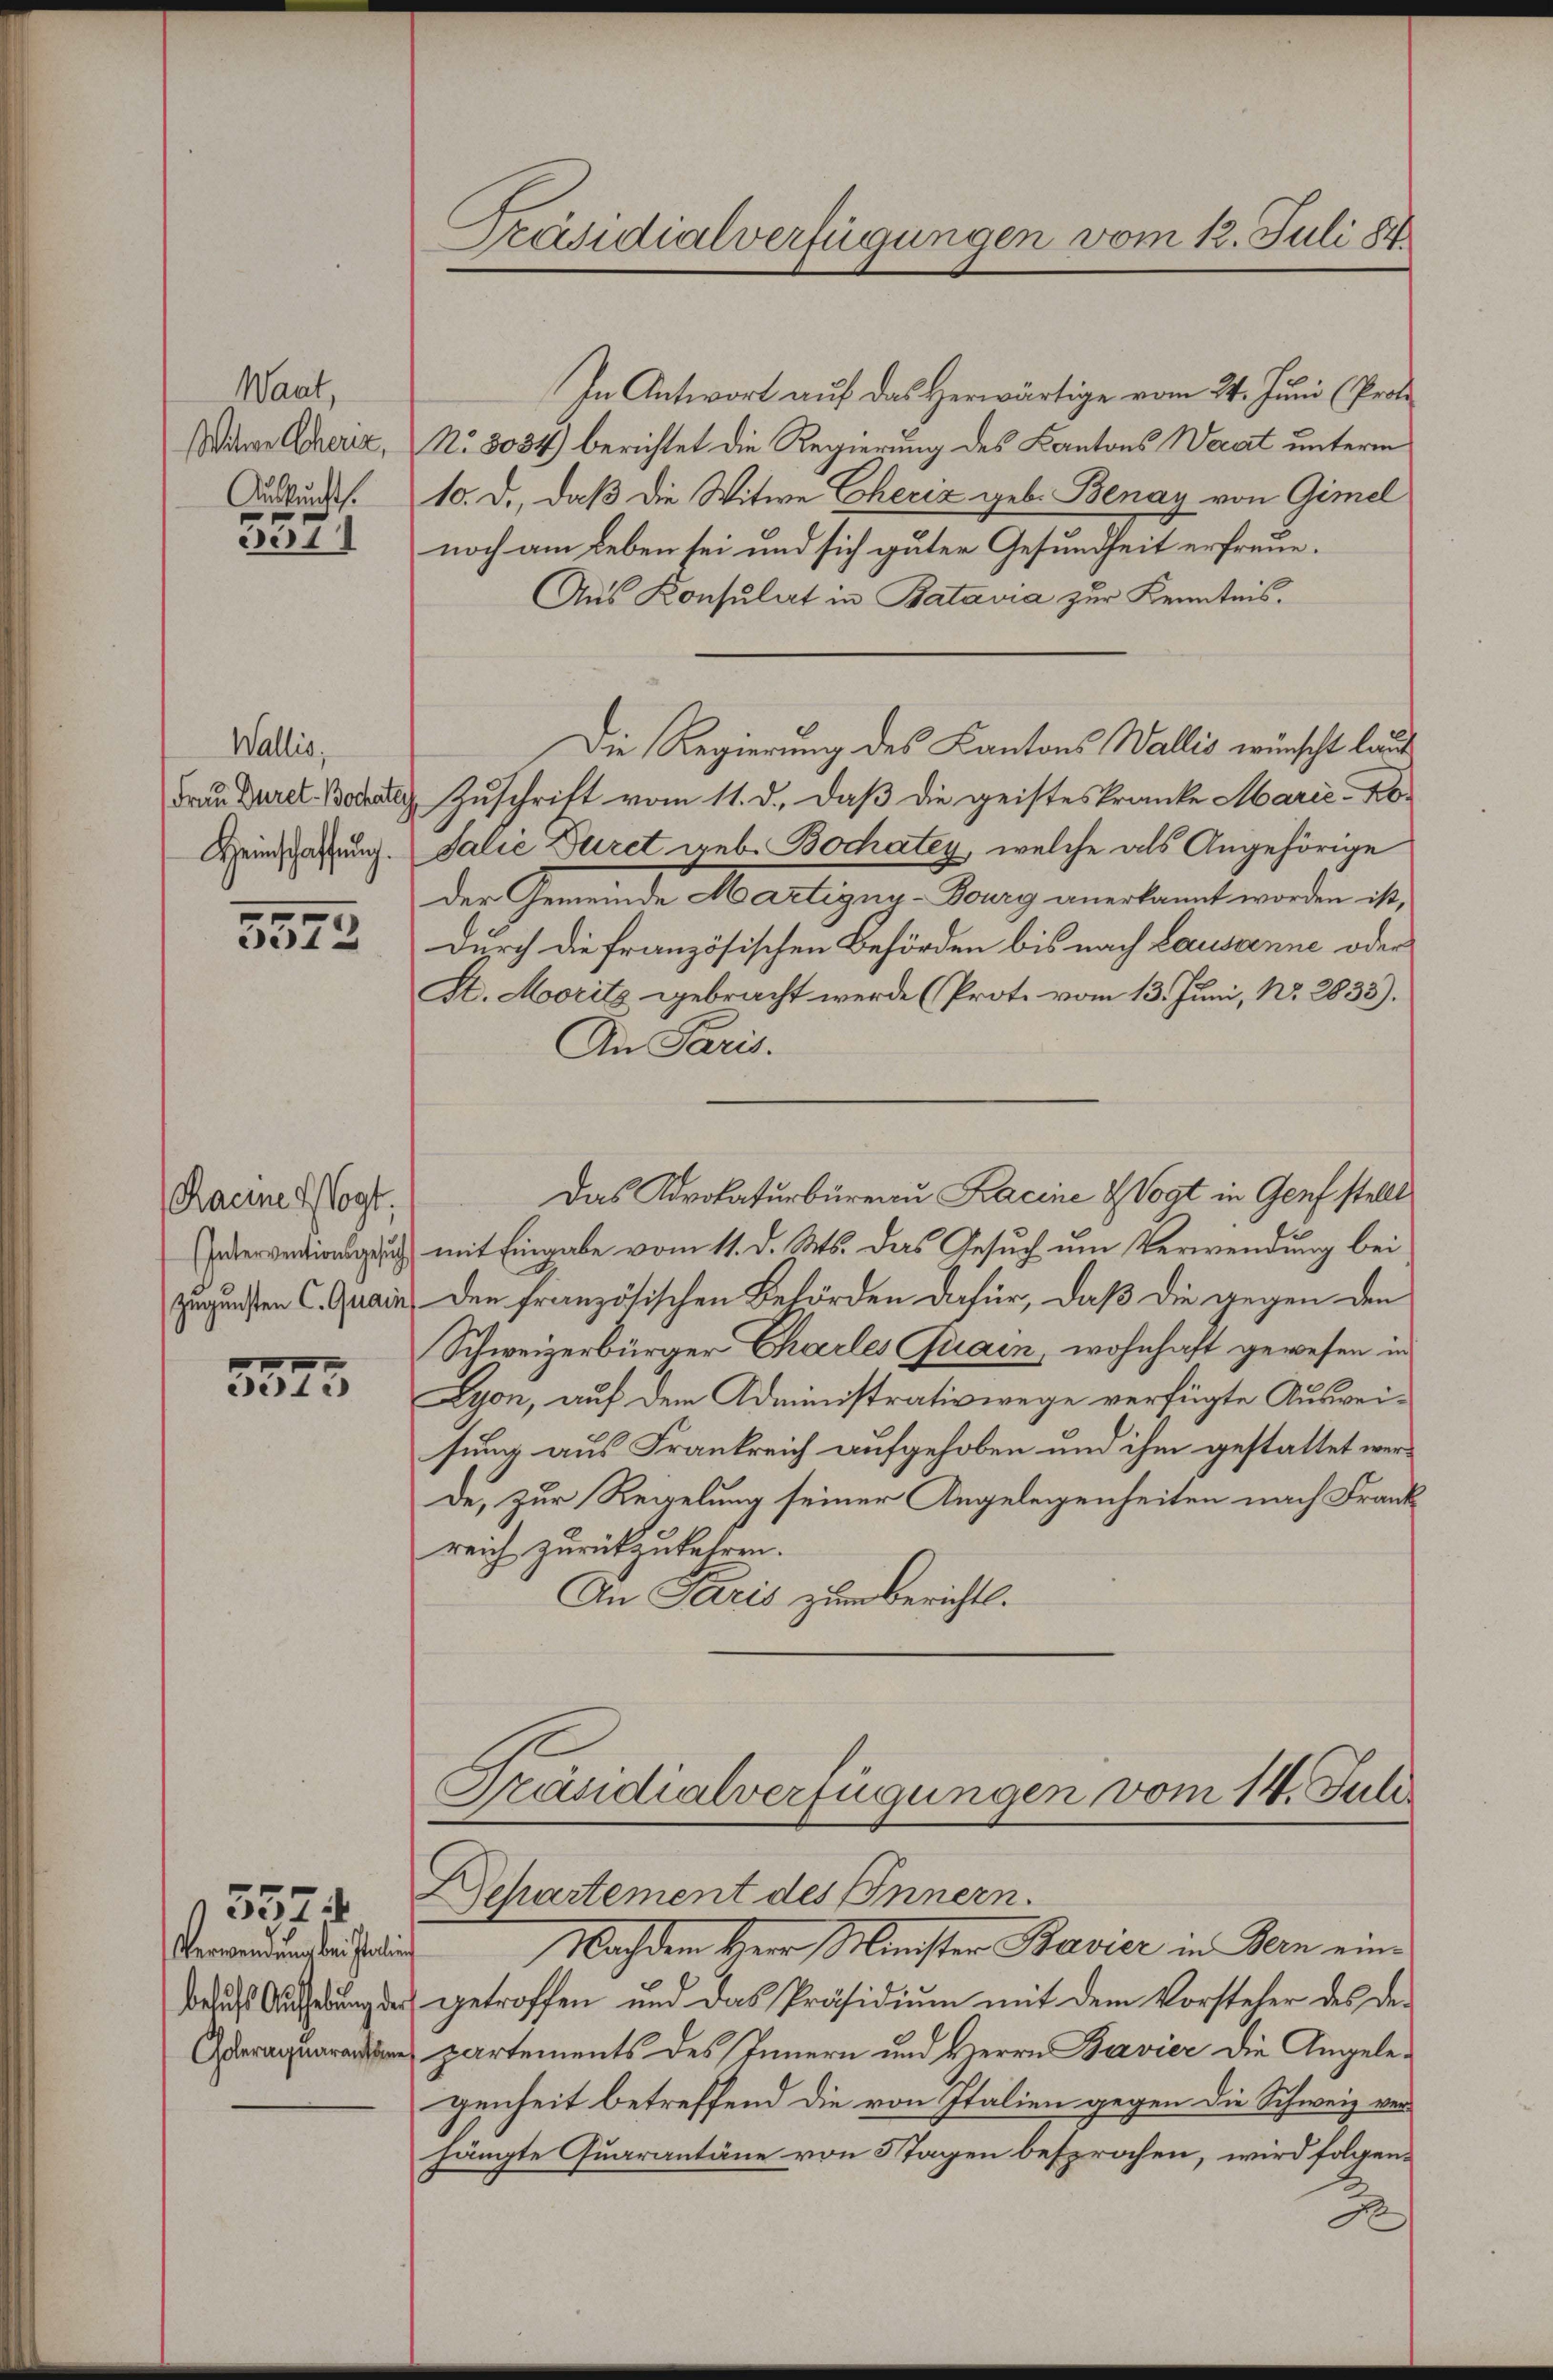
Waat
ihrer Choriz,
Auskunft.

557)

Wallis,
Frau Düret. Bochatt
Heinschaffung.

5572

Raeine Wogt,
Interventionsgesuch
zugunsten C. Quain

5573

Verwendung der Paolin
belust Aufhebung der
Goleraquarante

5574

Präsidialverfügungen vom 12. Juli 184

In Antwort auf das Herwärtige vom 24. Juni (Prot
No 8034) berichtet die Regierung des Kantons Werat unterm
10. d., daß die Witwe Cheriz geb. Benay von Gimel
noch am Leben sei und sich guter Gesundheit erfreue.
Aus Konsulat in Batavia zur Kenntnis.
Die Regierung des Kantons Wallis wünscht laut
Zuschrift vom 11. d. daß die geisteskranke Marie-Bsalie Duret geb. Bochatey, welche als Angehörige
Der Gemeinde Martigny-Dourg anerkannt worden ist,
Durch die französischen Behörden bis nach Lausanne oder
H. Moritz gebracht werde (Proto vom 13. Juni, Nr. 2833).
An Paris.
Das Advokaturbüreau Kacine Vogt in Genf stellt
mit Eingabe vom 11. d. Ms. das Gesuch um Verwendung bei
Den französischen Behörden dafür, daß die gegen den
Schweizerbürger Charles Quain, wohnhaft gewesen in
Lyon, auf dem Administrativwege verfügte Ausweisung aus Frankreich aufgehoben und ihm gestattet werde, zur Regelung seiner Angelegenheiten nach Frankreich zurückzukehren.
An Paris zum Berichts.
Präsidialverfügungen vom 14. Juli.

Dchartement des Innern.

Nachdem Herr Minister Bavier in Bern eingetroffen und das Präsidium mit dem Vorsteher des Departements des Innern und Herrn Bavier die Angelegenheit betreffend die von Italien gegen die Schweiz verhängte Quarantäne von 5 Tagen besprochen, wird folgen¬
A